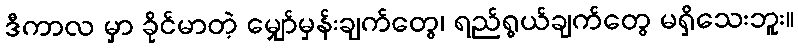
ဒီကာလ မှာ ခိုင်မာတဲ့ မျှော်မှန်းချက်တွေ၊ ရည်ရွယ်ချက်တွေ မရှိသေးဘူး။